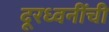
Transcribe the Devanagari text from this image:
दूरध्वनींची